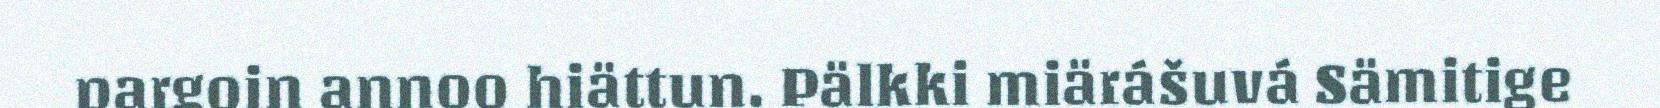
pargoin annoo hiättun. Pälkki miärášuvá Sämitige